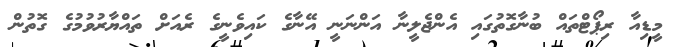
މީޑިއާ ރިޕޯޓްތައް ބުނާގޮތުގައި އެންޖެލީނާ އަންނަނީ އޭނާގެ ކައިވެނީގެ ރެއަށް ތައްޔާރުވުމުގެ ގޮތުން